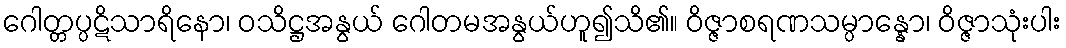
ဂေါတ္တပ္ပဋိသာရိနော၊ ဝသိဋ္ဌအနွယ် ဂေါတမအနွယ်ဟူ၍သိ၏။ ဝိဇ္ဇာစရဏသမ္ပာန္နော၊ ဝိဇ္ဇာသုံးပါး